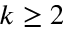
k \geq 2